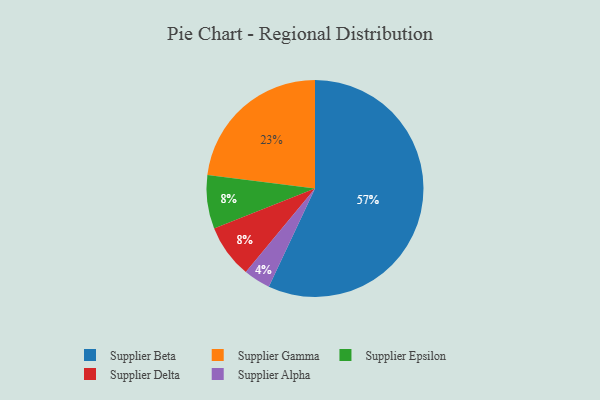
{"axis": {"x": "Category", "y": "Percentage"}, "legend": ["Supplier Alpha", "Supplier Beta", "Supplier Delta", "Supplier Epsilon", "Supplier Gamma"], "data": [{"x": "Supplier Beta", "y": 57, "type": "Supplier Beta"}, {"x": "Supplier Gamma", "y": 23, "type": "Supplier Gamma"}, {"x": "Supplier Epsilon", "y": 8, "type": "Supplier Epsilon"}, {"x": "Supplier Delta", "y": 8, "type": "Supplier Delta"}, {"x": "Supplier Alpha", "y": 4, "type": "Supplier Alpha"}]}